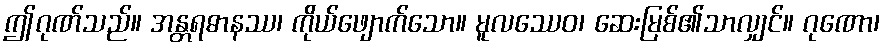
ဤဂုဏ်သည်။ အန္တရဓာနဿ၊ ကိုယ်ဖျောက်သော။ မူလဿေဝ၊ ဆေးမြစ်၏သာလျှင်။ ဂုဏော၊